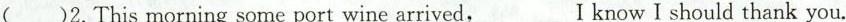
( )2.This morning some port wine arrived,___I know I should thank you.